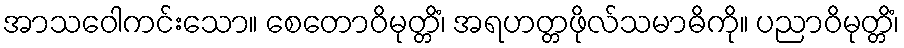
အာသဝေါကင်းသော။ စေတောဝိမုတ္တိံ၊ အရဟတ္တဖိုလ်သမာဓိကို။ ပညာဝိမုတ္တိံ၊